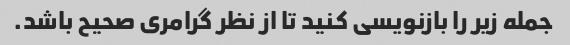
جمله زیر را بازنویسی کنید تا از نظر گرامری صحیح باشد.